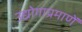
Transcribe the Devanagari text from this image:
उद्योगाप्रमाणें